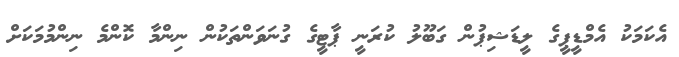
އެކަމަކު އެމްޑީޕީގެ ލީޑަޝިޕުން ގަބޫލު ކުރަނީ ޕާޓީގެ ގުނަވަންތަކުން ނިންމާ ކޮންމެ ނިންމުމަކަށް